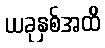
ယခုနှစ်အထိ